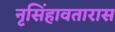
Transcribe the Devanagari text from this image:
नृसिंहावतारास